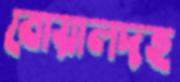
বোয়ালদহ